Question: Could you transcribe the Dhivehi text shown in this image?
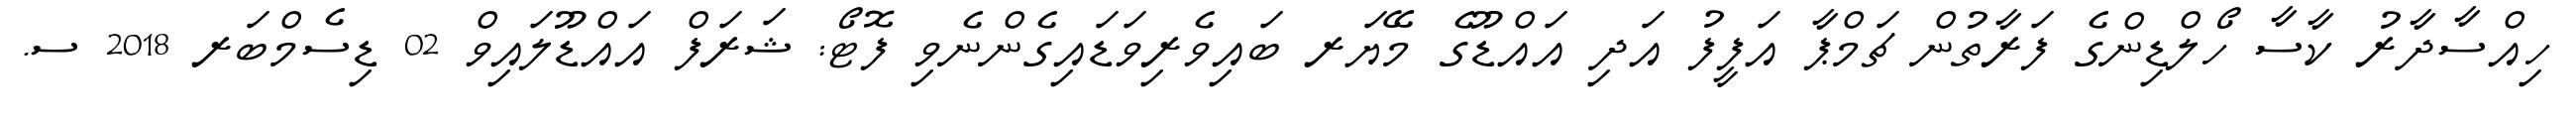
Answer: ހިއްސާދާރު ކާސާ ހޯލްޑިންގެ ފަރާތުން ޗަމްޕާ އަފީފު އަދި އައްޑޫގެ މޭޔަރ ބައިވެރިވަޑައިގެންނެވި ފޮޓޯ: ޝަރަފް އައްޑޫލައިވް 02 ޑިސެމްބަރ 2018 ސ.